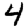
Digit: 4